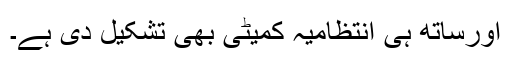
اورساتھ ہی انتظامیہ کمیٹی بھی تشکیل دی ہے۔